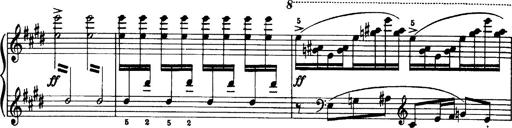
Title: OuvertÃ¼re zu TannhÃ¤user
Composer: Franz Liszt